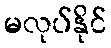
မလုပ်နိုင်